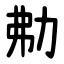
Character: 㔗